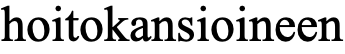
hoitokansioineen